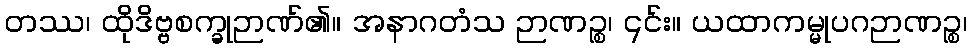
တဿ၊ ထိုဒိဗ္ဗစက္ခုဉာဏ်၏။ အနာဂတံသ ဉာဏဉ္စ၊ ၎င်း။ ယထာကမ္မုပဂဉာဏဉ္စ၊